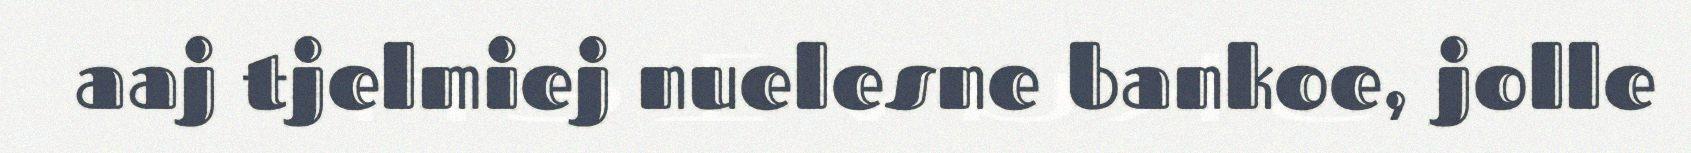
aaj tjelmiej nuelesne bankoe, jolle